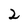
Character: 2